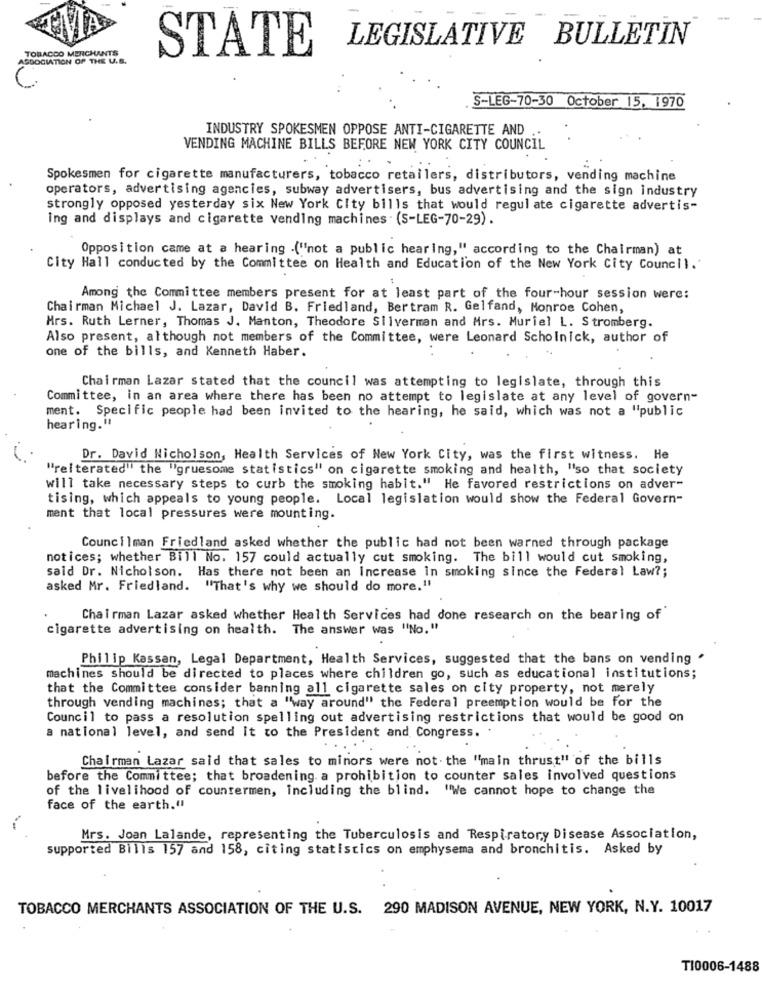
LEGISLATIVE BULLETIN
TOBACCO MERCHANTS
STATE
ASSOCIATION OF THE U.B.
S-LEG-70-30 October 15, 1970
INDUSTRY SPOKESMEN OPPOSE ANTI-CIGARETTE AND
VENDING MACHINE BILLS BEFORE NEW YORK CITY COUNCIL
Spokesmen for cigarette manufacturers, tobacco retailers, distributors, vending machine
operators, advertising agencies, subway advertisers, bus advertising and the sign industry
strongly opposed yesterday six New York City bills that would regul ate cigarette advertis-
ing and displays and cigarette vending machines . (S-LEG-70-29).
Opposition came at a hearing .("not a public hearing," according to the Chairman) at
City Hall conducted by the Committee on Health and Education of the New York City Council."
Among the Committee members present for at least part of the four-hour session were:
Chairman Michael J. Lazar, David B. Friedland, Bertram R. Gelfand, Monroe Cohen,
Mrs. Ruth Lerner, Thomas J. Manton, Theodore Silverman and Mrs. Muriel L. Stromberg.
Also present, although not members of the Committee, were Leonard Scholnick, author of
one of the bills, and Kenneth Haber.
Chairman Lazar stated that the council was attempting to legislate, through this
Committee, in an area where there has been no attempt to legislate at any level of govern-
ment. Specific people had been invited to the hearing, he said, which was not a "public
hearing."
Dr. David Nicholson, Health Services of New York City, was the first witness. He
"reiterated" the "gruesome statistics" on cigarette smoking and health, "so that society
will take necessary steps to curb the smoking habit." He favored restrictions on adver-
tising, which appeals to young people. Local legislation would show the Federal Govern-
ment that local pressures were mounting.
Councilman Friedland asked whether the public had not been warned through package
notices; whether Bill No. 157 could actually cut smoking. The bill would cut smoking,
said Dr. Nicholson. Has there not been an Increase in smoking since the Federal Law ?;
asked Mr. Friedland. "That's why we should do more,"
Chairman Lazar asked whether Health Services had done research on the bearing of
cigarette advertising on health. The answer was "No. "
Philip Kassan, Legal Department, Health Services, suggested that the bans on vending *
machines should be directed to places where children go, such as educational institutions;
that the Committee consider banning all cigarette sales on city property, not merely
through vending machines; that a "way around" the Federal preemption would be for the
Council to pass a resolution spelling out advertising restrictions that would be good on
a national level, and send it to the President and Congress.
Chairman Lazar said that sales to minors were not. the "main thrust" of the bills
before the Committee; that broadening. a prohibition to counter sales involved questions
of the livelihood of countermen, including the blind. "We cannot hope to change the
face of the earth."
Mrs. Joan Lalande, representing the Tuberculosis and Respiratory Disease Association,
supported Bills 157 and 158, citing statistics on emphysema and bronchitis. Asked by
TOBACCO MERCHANTS ASSOCIATION OF THE U.S. 290 MADISON AVENUE, NEW YORK, N.Y. 10017
TI0006-1488